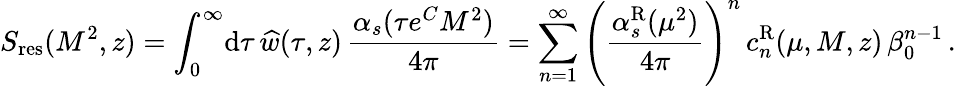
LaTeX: S_{\mathrm{res}}(M^{2},z)=\int_{0}^{\infty}\! \mathrm{d}\tau\, \widehat w(\tau,z)\, {\frac{\alpha_{s}(\tau e^{C}M^{2})}{4\pi}}=\sum_{n=1}^{\infty}\Bigg({\frac{\alpha_{s}^{\mathrm{R}}(\mu^{2})}{4\pi}}\Bigg)^{n}\, c_{n}^{\mathrm{R}}(\mu,M,z)\, \beta_{0}^{n-1}\, .